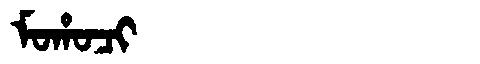
Manchu: ᠮᠣᡥᠣᠴᡳ
Romanization: MOHOCI